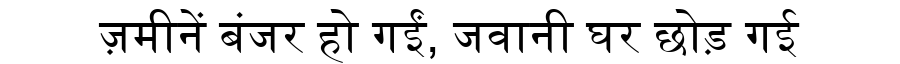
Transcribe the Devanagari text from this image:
ज़मीनें बंजर हो गईं, जवानी घर छोड़ गई